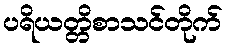
ပရိယတ္တိစာသင်တိုက်